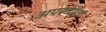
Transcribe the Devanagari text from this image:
अपरूपांचा